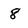
Character: 8